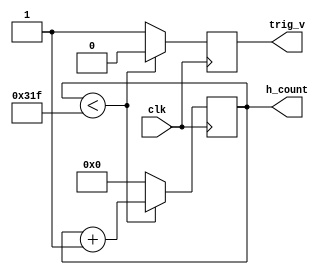
`timescale 1ns / 1ps
module h_counter(clk,h_count,trig_v);
    input clk;
    output [9:0] h_count;
    output trig_v;              //rig_v is set to 1 when counter resets. 
    reg [9:0] h_count;          // trig_v would be zero if count is greater than 1 after reset
    reg trig_v;
    initial h_count= 10'b0;
    initial trig_v= 1'b0;
always @(posedge clk)
    begin 
        if(h_count < 799)
            begin  h_count <= h_count +1; 
            trig_v=0; end
        else
            begin  h_count =0; trig_v=1'b1; end
        
    end    
endmodule